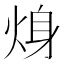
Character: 𱫍